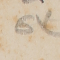
٥٣